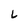
Character: L